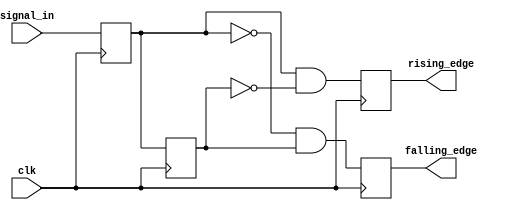
module edge_detector (
    input wire clk,               // Clock signal
    input wire signal_in,         // Input signal to monitor
    output reg rising_edge,       // Output signal for rising edge detection
    output reg falling_edge       // Output signal for falling edge detection
);

    reg previous_state;           // Register to hold previous state
    reg current_state;            // Register to hold current state

    // Synchronous process to update states and detect edges
    always @(posedge clk) begin
        // Update current state with the input signal
        current_state <= signal_in;

        // Edge detection logic
        rising_edge <= (current_state == 1'b1 && previous_state == 1'b0);
        falling_edge <= (current_state == 1'b0 && previous_state == 1'b1);

        // Update previous state to current state for the next cycle
        previous_state <= current_state;
    end

    // Initialize outputs
    initial begin
        rising_edge = 1'b0;
        falling_edge = 1'b0;
        previous_state = 1'b0; // Assuming initial state is low
        current_state = 1'b0;   // Assuming initial state is low
    end

endmodule